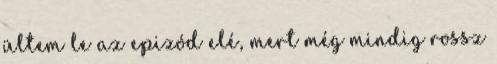
ültem le az epizód elé, mert még mindig rossz